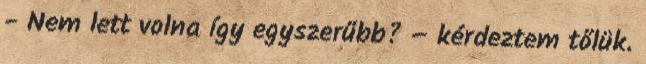
- Nem lett volna így egyszerűbb? – kérdeztem tőlük.